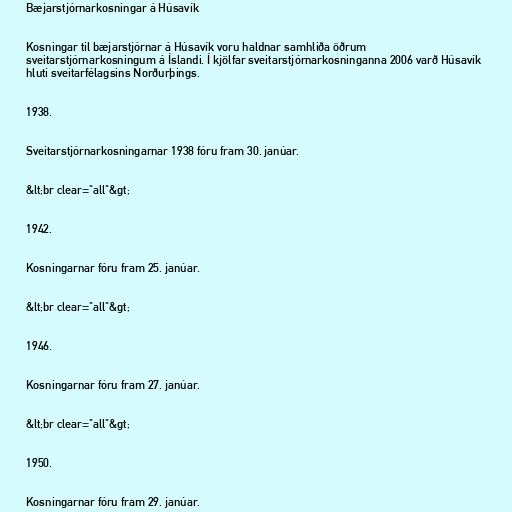
Bæjarstjórnarkosningar á Húsavík

Kosningar til bæjarstjórnar á Húsavík voru haldnar samhliða öðrum
sveitarstjórnarkosningum á Íslandi. Í kjölfar sveitarstjórnarkosninganna 2006 varð Húsavík
hluti sveitarfélagsins Norðurþings.

1938.

Sveitarstjórnarkosningarnar 1938 fóru fram 30. janúar.

&lt;br clear="all"&gt;

1942.

Kosningarnar fóru fram 25. janúar.

&lt;br clear="all"&gt;

1946.

Kosningarnar fóru fram 27. janúar.

&lt;br clear="all"&gt;

1950.

Kosningarnar fóru fram 29. janúar.